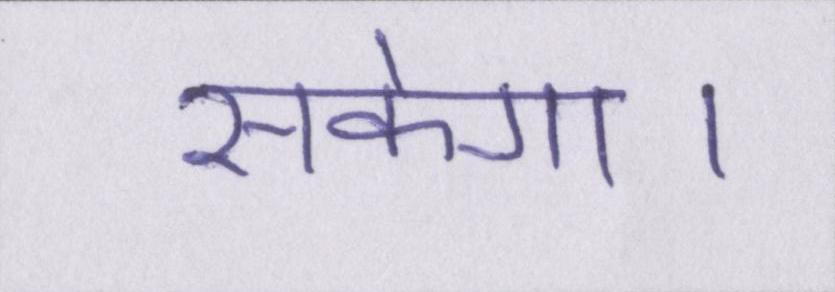
सकेगा।